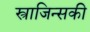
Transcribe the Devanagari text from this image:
स्त्राजिन्सकी